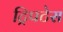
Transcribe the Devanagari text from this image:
ट्रिपटेस